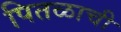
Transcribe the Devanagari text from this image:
पितळाची